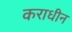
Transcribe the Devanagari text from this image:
कराधीन